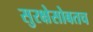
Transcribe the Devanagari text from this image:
सुरक्षेसोबतच